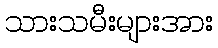
သားသမီးများအား